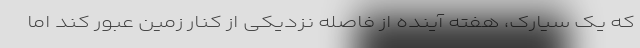
که یک سیارک، هفته آینده از فاصله نزدیکی از کنار زمین عبور کند اما